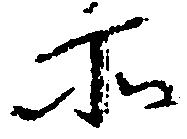
所